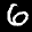
Digit: 6